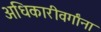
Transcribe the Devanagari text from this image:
अधिकारीवर्गांना